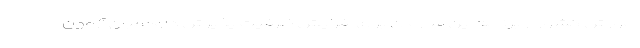
آموزش کشور از برنامه این سازمان برای افزایش ظرفیت پذیرش داوطلبان آزمون